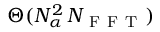
\Theta ( N _ { \alpha } ^ { 2 } \, N _ { \mathrm { ~ F ~ F ~ T ~ } } )